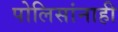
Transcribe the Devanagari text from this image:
पोलिसांनाही